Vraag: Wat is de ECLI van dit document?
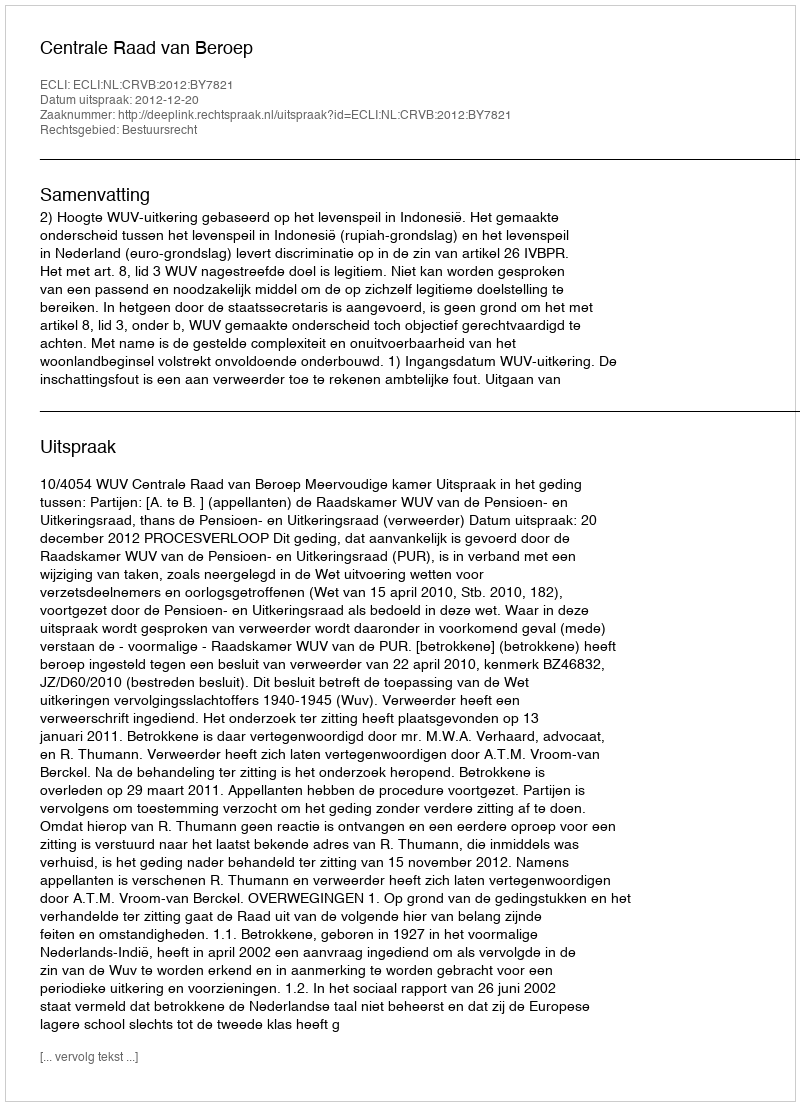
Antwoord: ECLI:NL:CRVB:2012:BY7821